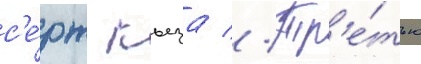
с'е́рж кьеза // Тр'е́тью